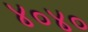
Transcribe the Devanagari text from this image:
४०४०